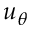
u _ { \theta }